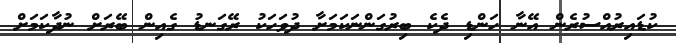
ކުޑައިރުއްސުރެން އޭނާ ހަންޑި ދެކެ ބިރުގަންނަކަމަށާ ދުވަހަކު ރޭގަނޑު ގެއިން ބޭރަށް ނުދާކަމަށް